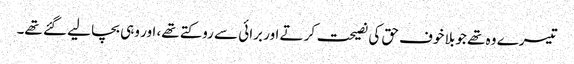
تیسرے وہ تھے جو بلا خوف حق کی نصیحت کرتے اور برائی سے روکتے تھے، اور وہی بچا لیے گئے تھے۔